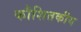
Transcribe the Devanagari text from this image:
कौशितकीय